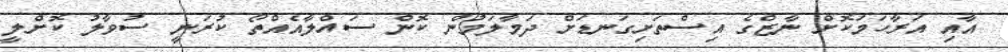
އާއި އަރާހަމަކޮށް ނާޒްގެ އިސްތަށިގަނޑަށް ދަމާލަމުން ކޮން ސައްލާއެއްތޯ ކުރަނީ ސުވާލު ކޮށްލީ